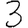
Digit: 3